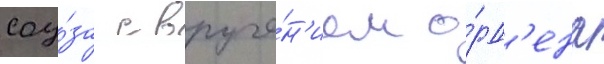
соу́за с вруче́н'ием о́рд'ена